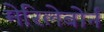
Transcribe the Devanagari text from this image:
मेरिलेबोर्न